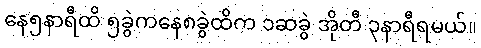
နေ၅နာရီထိ ၅ခွဲကနေ၈ခွဲထိက ၁ဆခွဲ အိုတီ ၃နာရီရမယ်။